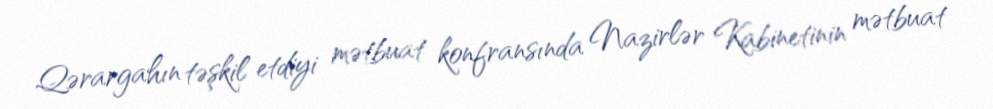
Qərargahın təşkil etdiyi mətbuat konfransında Nazirlər Kabinetinin mətbuat